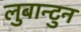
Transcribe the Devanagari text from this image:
लुबान्टुन